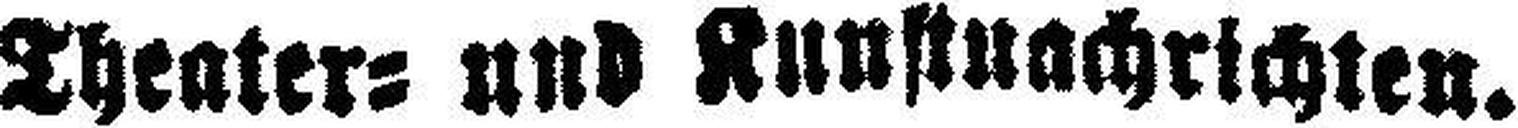
Theater= und Kunstnachrichten.